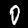
Digit: 0